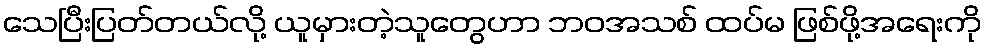
သေပြီးပြတ်တယ်လို့ ယူမှားတဲ့သူတွေဟာ ဘဝအသစ် ထပ်မ ဖြစ်ဖို့အရေးကို